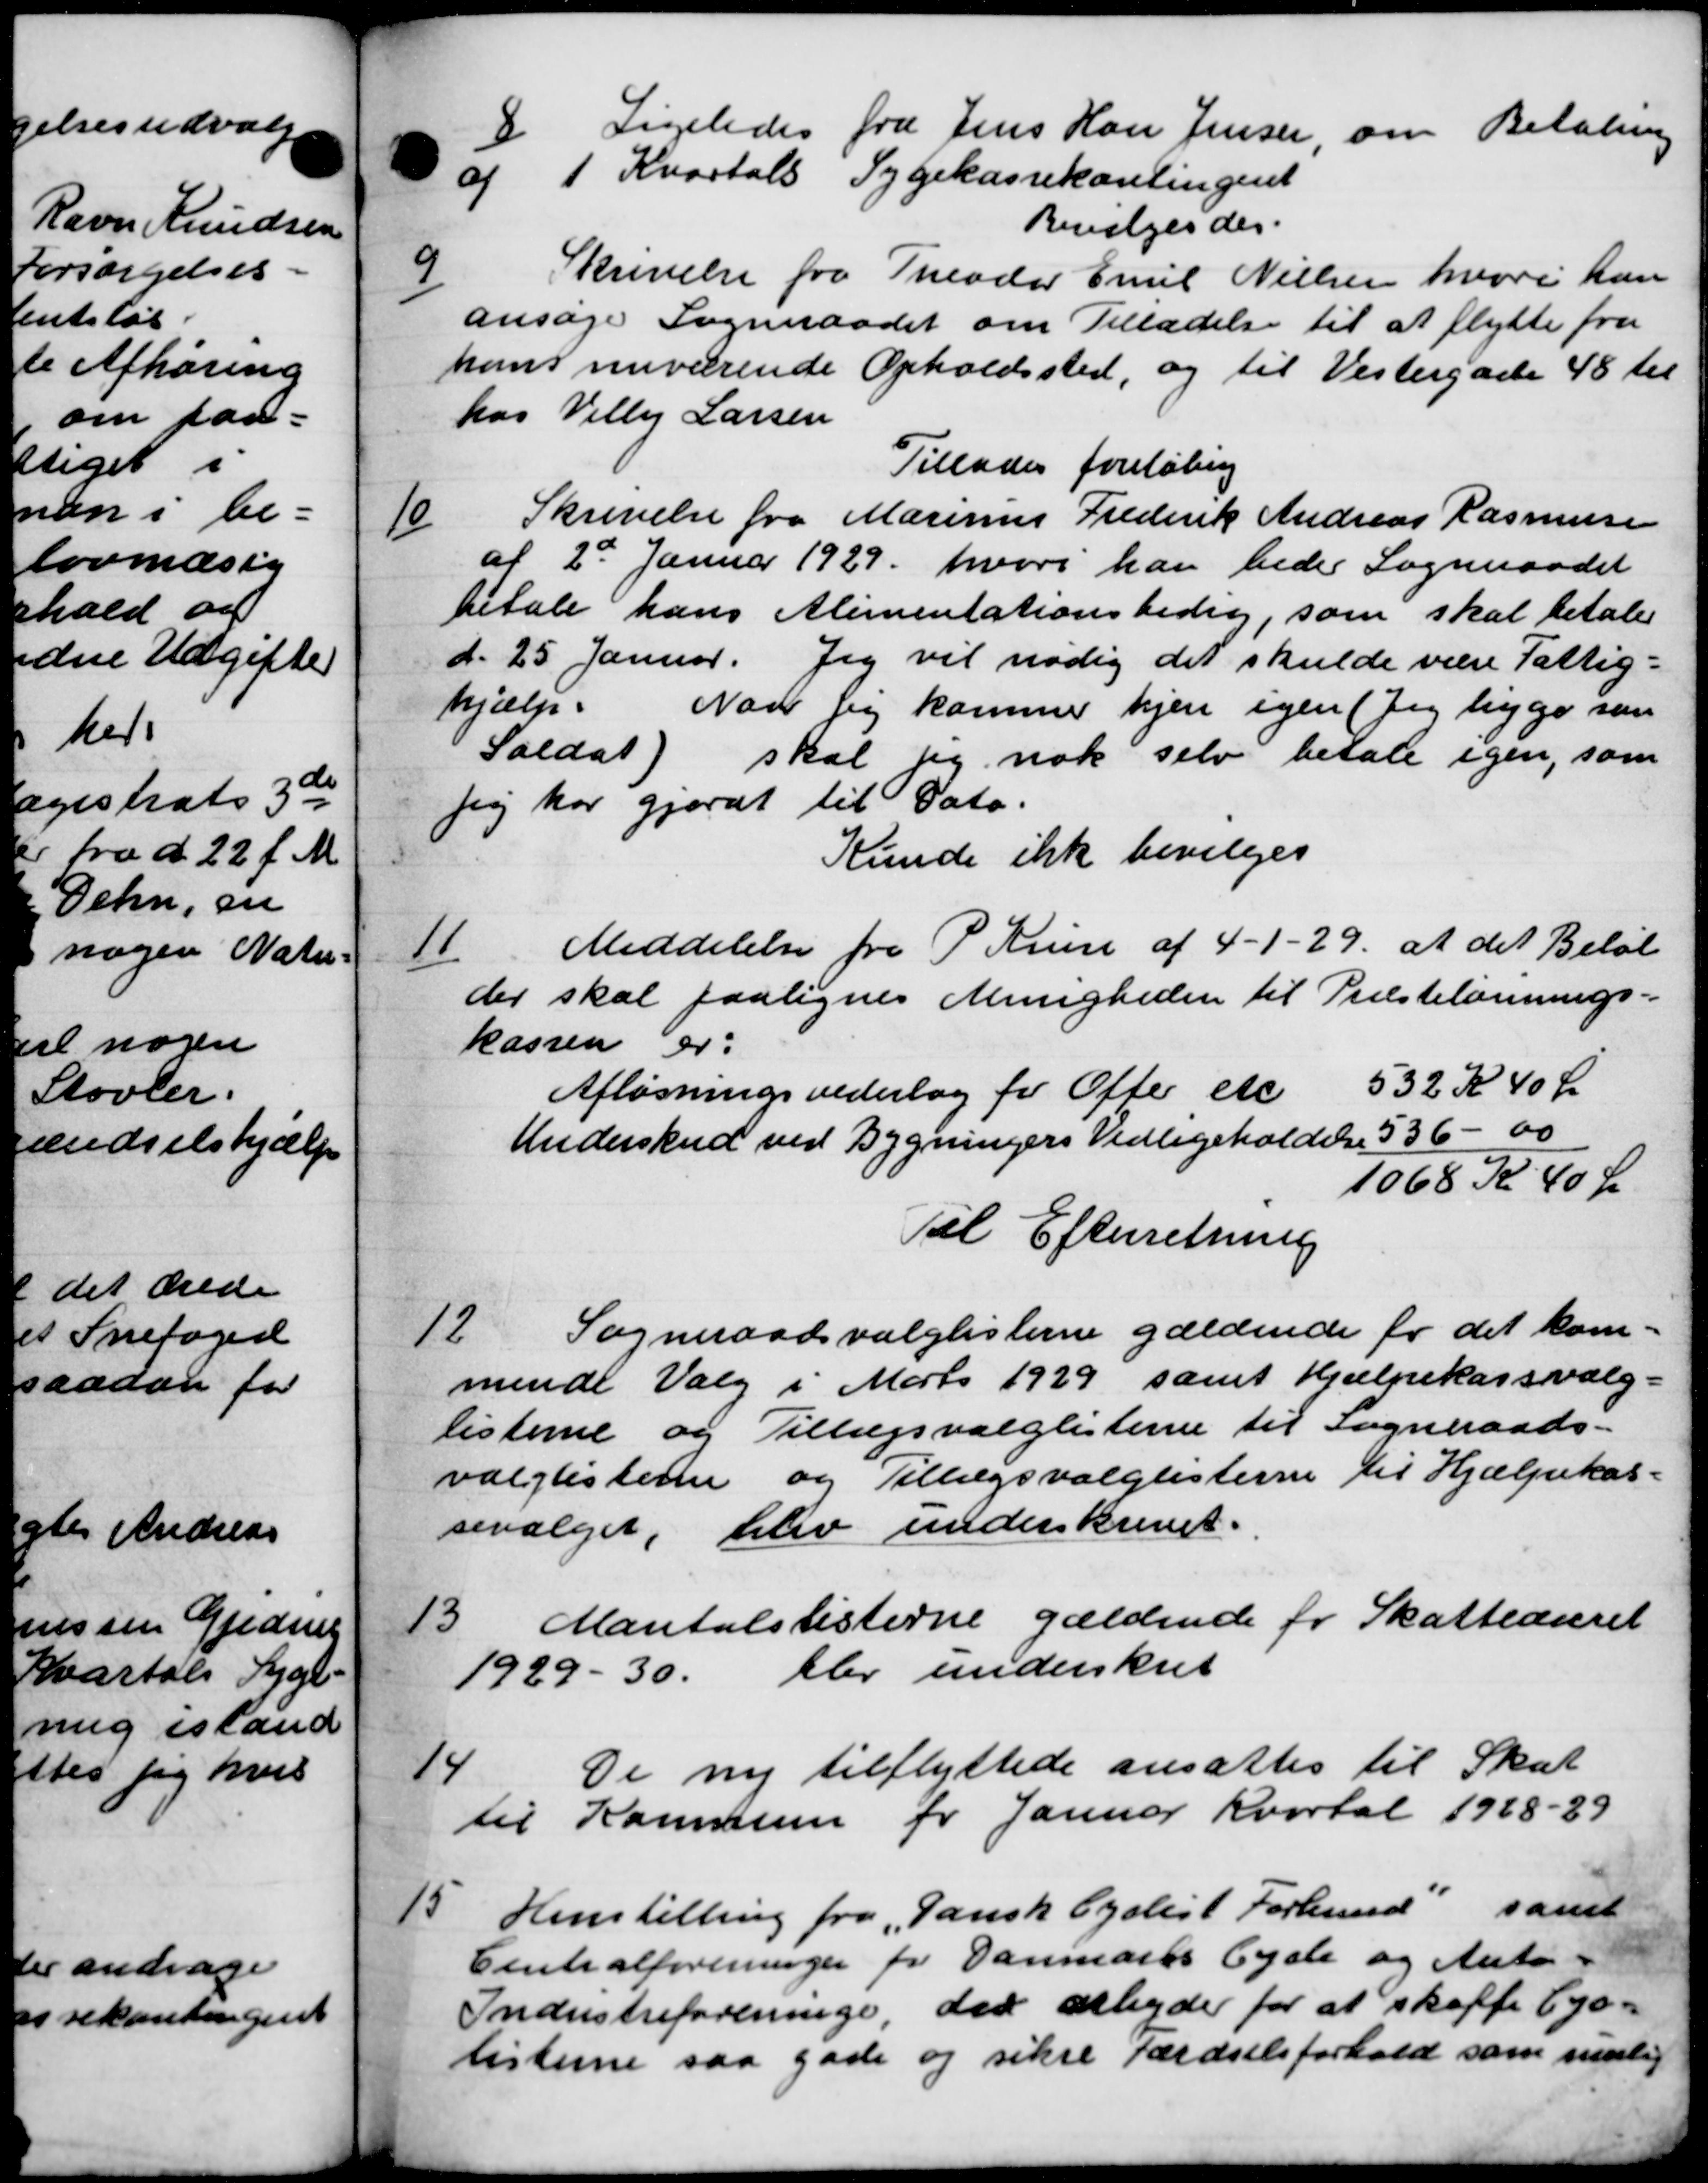
Transskription:
Ligeledes fra Jens Han Jensen, om Betaling
g1 Kvartals Sygekassekontingent
Bevilges des.
9
Skrivelse fra Theodor Emil Nielsen hvori han
ansøge Sogneraadet om Tilladelse til at flytte fra
hans nuværende Opholdssted, og til Vestergade 48 til
hos Villy Larsen
Tillades foreløbing
10
Skrivelse fra Marinus Frederik Andreas Rasmussen
af 2de Januar 1929. hvori han bedes Sogneraadet
betale hans Alimentationsbidrag, som skal betale
d. 25 Januar. Jeg vil nodig det skulde være Fattig-
hjælp. Naar sig kommer hjem igen (Jeg ligge som
Soldat) skal sig nok selv betale igen, som
jeg har gjordt til Dato.
Kunde ikke bevilges
11
Meddelelse fra P Krus af 4 - 1 -29, at det Beløb
der skal paalignes Menigheden til Præstelønnings-
kassen er:
Afløsningsvederlag for Ofter etc 532 K 40 Kr
Underskud ved Bygningers Vedligeholdelse 536 - 00
1068 Kr 40 Ør
Til Efterretning
12
Sogneraadsvalglisterne gældende for det kom-
mende Valg i Marts 1929 samt Hjælpekassvalg-
listerne og Tillægsvalglisterne til Sogneraads-
valglisterne og Tillægsvalglisterne til Hjælpekas-
sevalget, blev underskrevet.
13
Mantalslisterne gældende for Skatteaaret
1929 - 30 blev underskrev
De ny tilflyttede ansattes til Skat
14
til Kommune for Januar Kvartal 1928-29
15
Henstilling fra „Dansk Egslist Forbund" samt
Centralforeninger for Danmarks Eyste og Auto-
Industreforeninge, der arbejder for at skaffe bys-
isterne saa gade og sikre færdselsforhold som mulig